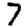
Digit: 7